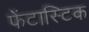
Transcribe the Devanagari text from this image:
फेंटास्टिक